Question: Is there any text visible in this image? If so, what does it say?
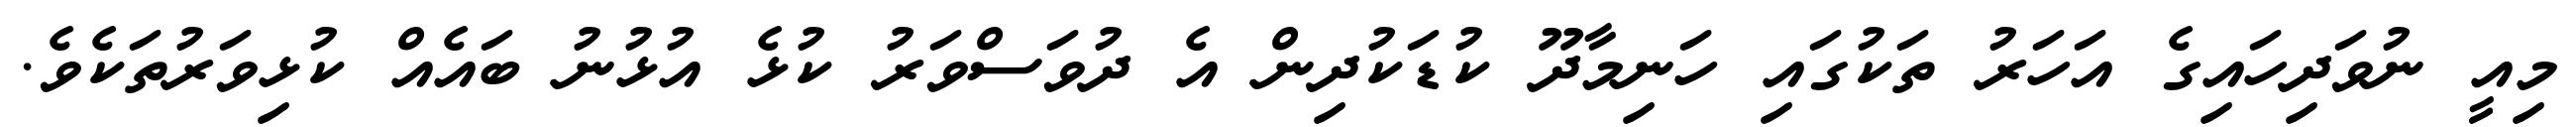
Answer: މިއީ ނުވަދިހައިގެ އަހަރު ތަކުގައި ހަނިމާދޫ ކުޑަކުދިން އެ ދުވަސްވަރު ކުޅެ އުޅުނު ބައެއް ކުޅިވަރުތަކެވެ.